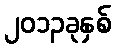
၂၀၁၃ခုနှစ်